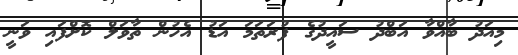
މިއަދު ބާއްވާ އަބްދު ސައީދުގެ ފުރަތަމަ އަޑު އެހުން ތާވަލް ކޮށްފައި ވަނީ